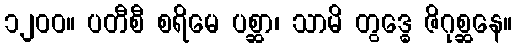
၁၂၀၀။ ပတီစီ စရိမေ ပစ္ဆာ၊ သာမိ တွဒ္ဓေ ဇိဂုစ္ဆနေ။